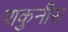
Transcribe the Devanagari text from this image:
शकुनीस